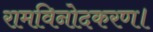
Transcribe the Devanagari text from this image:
रामविनोदकरण।